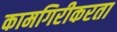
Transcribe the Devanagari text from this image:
कामगिरीकरता